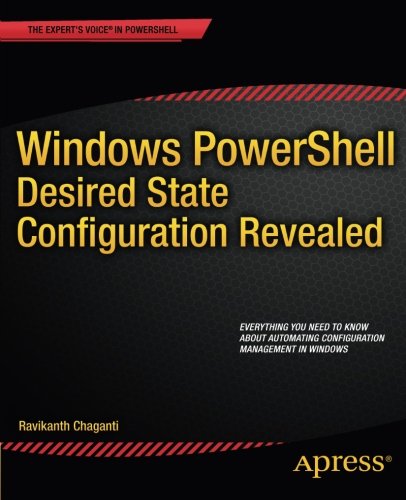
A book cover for Windows PowerShell Desired State Configuration Revealed; Ravikanth Chaganti; Computers & Technology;